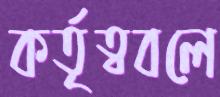
কর্তৃত্ববলে